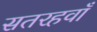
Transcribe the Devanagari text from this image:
सतरहवाँ